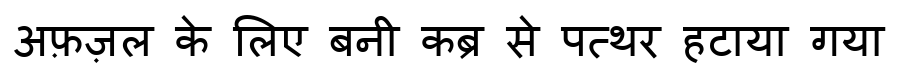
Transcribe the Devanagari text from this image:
अफ़ज़ल के लिए बनी कब्र से पत्थर हटाया गया